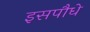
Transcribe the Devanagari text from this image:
इसपौधे